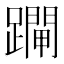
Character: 𨆇